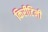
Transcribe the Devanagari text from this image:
किरीटिनी